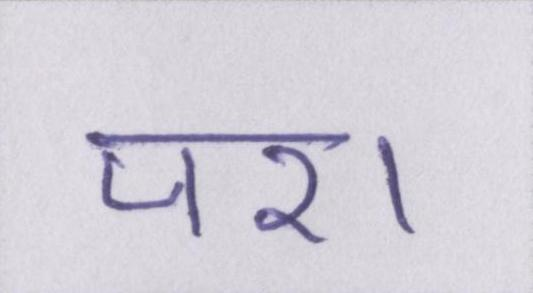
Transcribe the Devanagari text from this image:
पर।